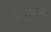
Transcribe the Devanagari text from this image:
प्लॉगशेयर्स